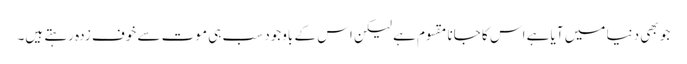
جو بھی دنیا میں آیا ہے اس کا جانا مقسوم ہے لیکن اس کے باوجود سب ہی موت سے خوف زدہ رہتے ہیں۔